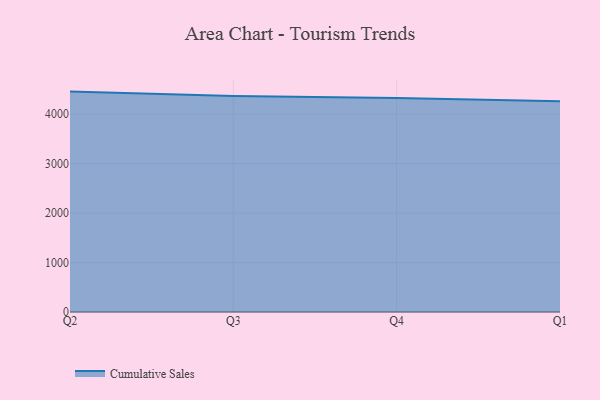
{"axis": {"x": "Quarter", "y": "Latency (ms)"}, "legend": ["Cumulative Sales"], "data": [{"x": "Q2", "y": 4458.1, "type": "Cumulative Sales"}, {"x": "Q3", "y": 4367.3, "type": "Cumulative Sales"}, {"x": "Q4", "y": 4329.7, "type": "Cumulative Sales"}, {"x": "Q1", "y": 4264.4, "type": "Cumulative Sales"}]}